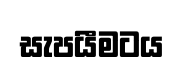
සැපයීමටය